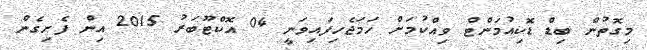
މިގޮތުން ބިޑް ޑޮކިއުމަންޓް ވިއްކުމަށް ހަމަޖެހިފައިވަނީ 04 އޮކްޓޫބަރު 2015 އިން ފެށިގެން